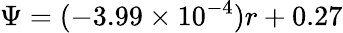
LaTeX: \Psi=(-3.99\times 10^{-4})r+0.27